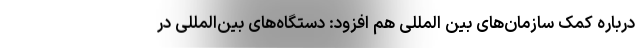
درباره کمک سازمان‌های بین المللی هم افزود: دستگاه‌های بین‌المللی در